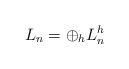
LaTeX: \begin{align*}L_n= \displaystyle \oplus_h L_{n}^h\end{align*}